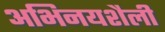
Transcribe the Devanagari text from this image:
अभिनयशैली